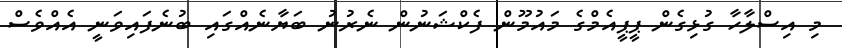
މި އިސްލާހާ ގުޅިގެން ޕީޕީއެމްގެ މައުމޫން ފެކްޝަނުން ނެރުނު ބަޔާނެއްގައި ބުނެފައިވަނީ އެއްވެސް